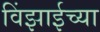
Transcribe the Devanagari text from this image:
विंझाईच्या